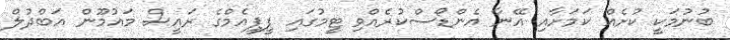
ބުނުމަކީ ކުށެއް ކަމަށާއި އޭނާ އެންޑޯސްކުރެއްވި ޓީމުގައި ޕީޕީއެމްގެ ރައީސް މައުމޫން އަބްދުލް